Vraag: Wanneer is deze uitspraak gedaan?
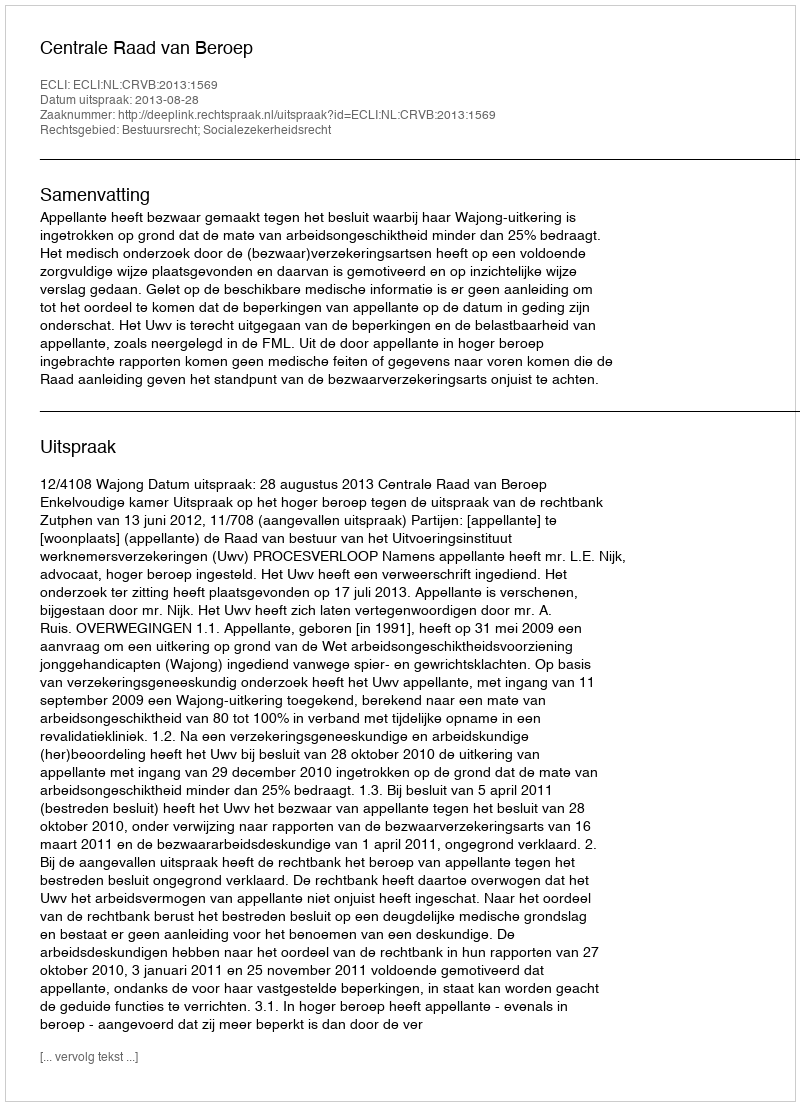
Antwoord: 2013-08-28